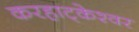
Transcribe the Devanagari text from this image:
करहाट्केश्वर